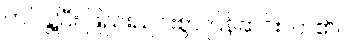
ကပ်နွဲ့ပြီး ဖြည်းညင်းစွာ ပြန်ဆင်းလာ၏။